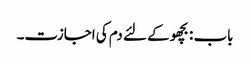
باب : بچھو کے لئے دم کی اجازت۔